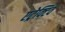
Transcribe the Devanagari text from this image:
एट्रेक्टिव